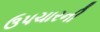
ઉપચારની